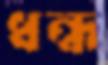
ধন্ধ